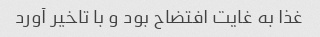
غذا به غایت افتضاح بود و با تاخیر آورد